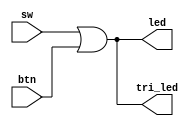
/*
 * Hello world of this arty-a7 board: a simple LED program, whenever you change
 * the switch or push the button, several LEDs will be illuminated.
 *
 * The actual mapping between the led/tri_led and the on-board LED is
 * described by the constraint file. Interesting.
 */
module led(input [3:0]sw, input [3:0]btn,
	   output [3:0]led, output [3:0]tri_led);

	assign led = sw | btn;
	assign tri_led = sw | btn;
endmodule